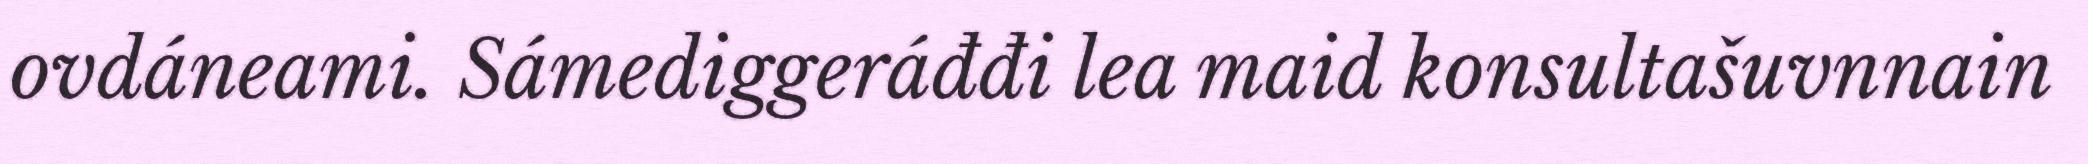
ovdáneami. Sámediggeráđđi lea maid konsultašuvnnain